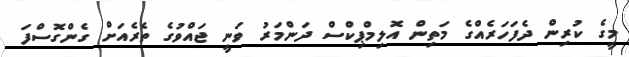
މީގެ ކުރިން ދެފަހަރެއްގެ މަތިން އޮލިމްޕިކްސް ދަންމަރު ވަނީ ޖައްވުގެ ތެރެއަށް ގެންގޮސްފަ